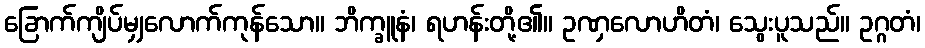
ခြောက်ကျိပ်မျှလောက်ကုန်သော။ ဘိက္ခူနံ၊ ရဟန်းတို့၏။ ဥဏှလောဟိတံ၊ သွေးပူသည်။ ဥဂ္ဂတံ၊